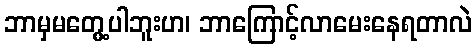
ဘာမှမတွေ့ပါဘူးဟ၊ ဘာကြောင့်လာမေးနေရတာလဲ